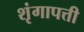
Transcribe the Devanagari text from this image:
शृंगापत्ती